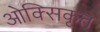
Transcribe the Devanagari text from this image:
ओक्सिकृत